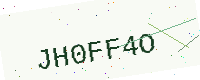
Text: JH0FF4O